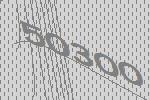
50300